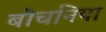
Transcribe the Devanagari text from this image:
बोचनिया